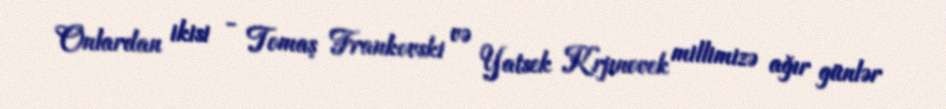
Onlardan ikisi - Tomaş Frankovski və Yatsek Krjınovek millimizə ağır günlər